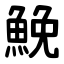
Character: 鮸